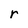
Character: r